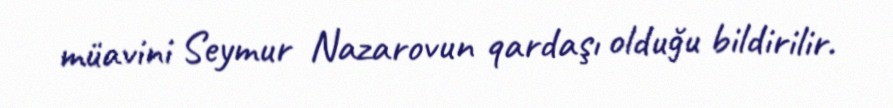
müavini Seymur Nazarovun qardaşı olduğu bildirilir.